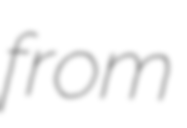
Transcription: from